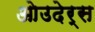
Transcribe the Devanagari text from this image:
ओउदेर्स